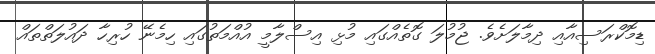
ޑިމޮކްރަސިއާއި ދިމާލަށެވެ. ޖުމުލަ ގޮތެއްގައި މުޅި އިސްލާމީ އުއްމަތުގައި ހިމެނޭ ހުރިހާ ދައުލަތްތައް